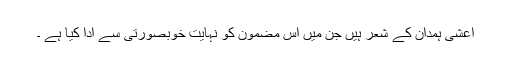
اعشی ہمدان کے شعر ہیں جن میں اس مضمون کو نہایت خوبصورتی سے ادا کیا ہے ۔